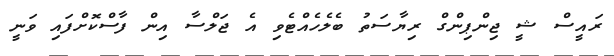
ރައީސް ޝީ ޖިންޕިންގް ރިޔާސަތު ބެލެހެއްޓެވި އެ ޖަލްސާ އިން ފާސްކޮށްފައި ވަނީ